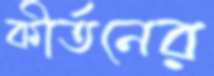
কীর্তনের